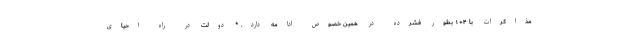
مذاکرات با ۴+۱ بطور فشرده در همین خصوص ادامه دارد. * دولت در راه احیای